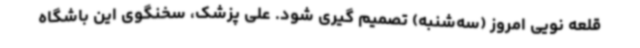
قلعه نویی امروز (سه‌شنبه) تصمیم گیری شود. علی پزشک، سخنگوی این باشگاه